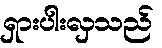
ရှားပါးလှသည်